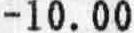
-10.00